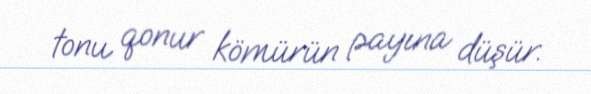
tonu qonur kömürün payına düşür.